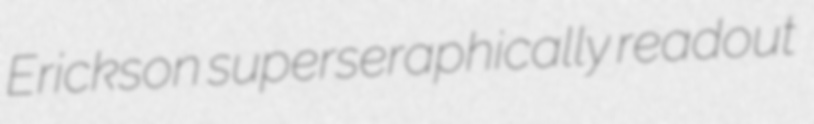
Erickson superseraphically readout